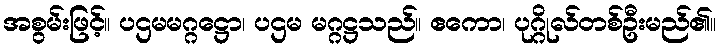
အစွမ်းဖြင့်။ ပဌမမဂ္ဂဋ္ဌော၊ ပဌမ မဂ္ဂဋ္ဌသည်။ ဧကော၊ ပုဂ္ဂိုလ်တစ်ဦးမည်၏။